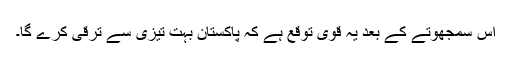
اس سمجھوتے کے بعد یہ قوی توقع ہے کہ پاکستان بہت تیزی سے ترقی کرے گا۔